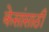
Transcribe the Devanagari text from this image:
केसांसाठी